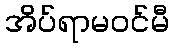
အိပ်ရာမဝင်မီ